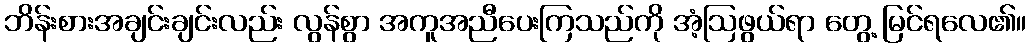
ဘိန်းစားအချင်းချင်းလည်း လွန်စွာ အကူအညီပေးကြသည်ကို အံ့ဩဖွယ်ရာ တွေ့ မြင်ရလေ၏။